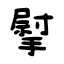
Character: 𢲴